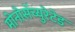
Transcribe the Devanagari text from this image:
मोनोसॅच्युरेटेड